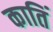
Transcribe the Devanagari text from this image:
कातिं